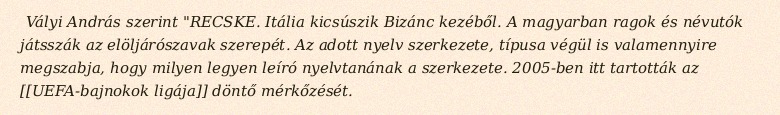
Vályi András szerint "RECSKE. Itália kicsúszik Bizánc kezéből. A magyarban ragok és névutók játsszák az elöljárószavak szerepét. Az adott nyelv szerkezete, típusa végül is valamennyire megszabja, hogy milyen legyen leíró nyelvtanának a szerkezete. 2005-ben itt tartották az [[UEFA-bajnokok ligája]] döntő mérkőzését.